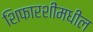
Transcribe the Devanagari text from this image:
शिफारशींमधील